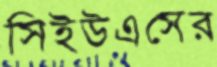
সিইউএসের